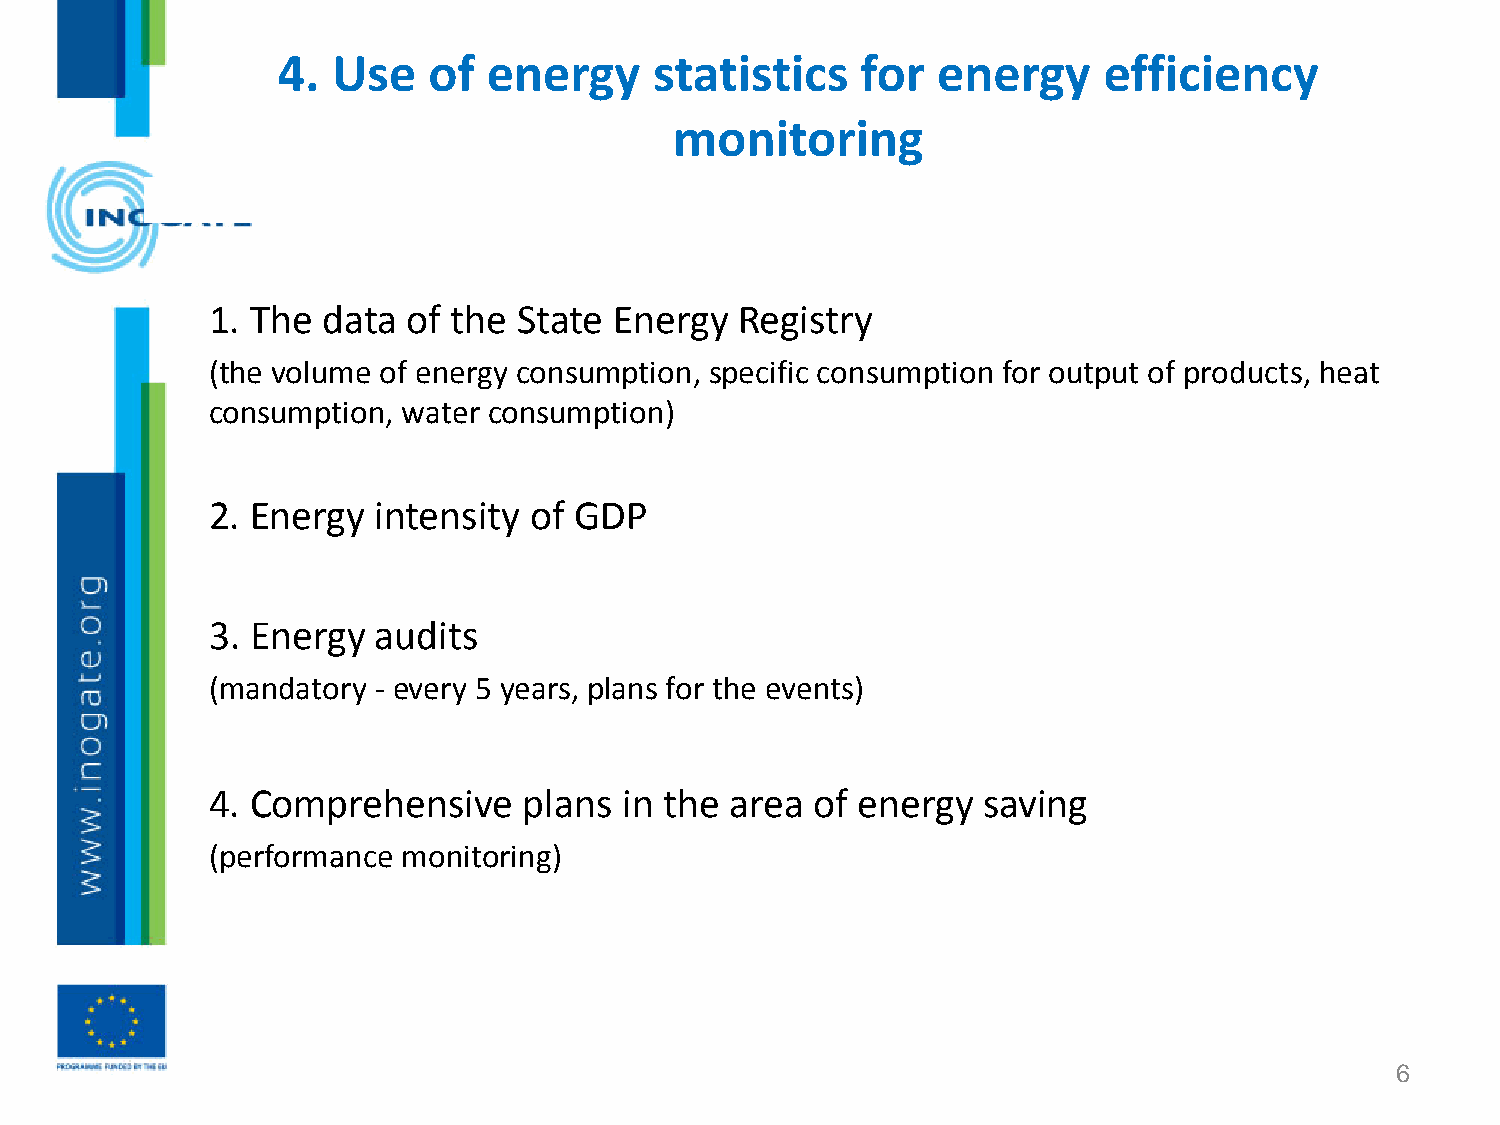
4.  Use   of  energy     statistics    for  energy     efficiency
 monitoring
 1. The data  of the State  Energy  Registry
 (the volume of energy consumption, specific consumption for output of products, heat
 consumption, water consumption)
 2. Energy  intensity of GDP
 3. Energy  audits
 (mandatory - every 5 years, plans for the events)
 4. Comprehensive     plans in the area  of energy  saving
 (performance monitoring)
 6